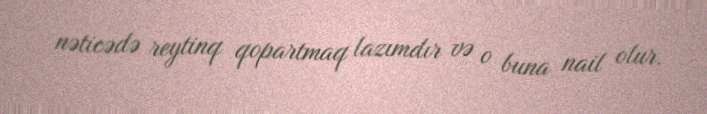
nəticədə reytinq qopartmaq lazımdır və o buna nail olur.